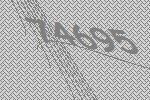
74695